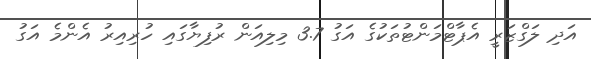
އަދި ލަގްޒަރީ އެޕާޓްމަންޓުތަކުގެ އަގު 3.7 މިލިއަން ރުފިޔާގައި ހުރިއިރު އެންމެ އަގު